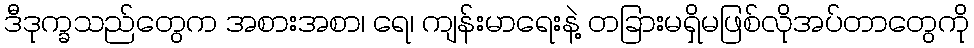
ဒီဒုက္ခသည်တွေက အစားအစာ၊ ရေ၊ ကျန်းမာရေးနဲ့ တခြားမရှိမဖြစ်လိုအပ်တာတွေကို